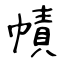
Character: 幘